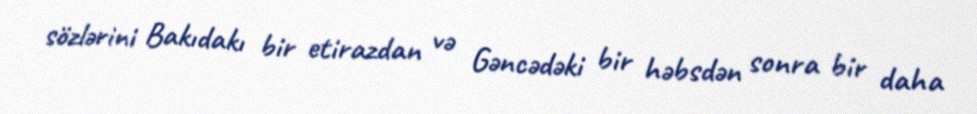
sözlərini Bakıdakı bir etirazdan və Gəncədəki bir həbsdən sonra bir daha